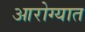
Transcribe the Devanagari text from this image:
आरोग्यात